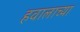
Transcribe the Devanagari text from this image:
हवालाच्या